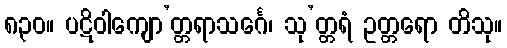
၈၃၀။ ပဋိဝါကျော’တ္တရာသင်္ဂေ၊ သု’တ္တရံ ဥတ္တရော တိသု။